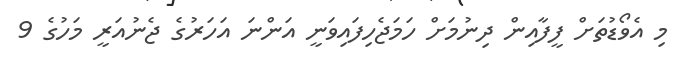
މި އެވޯޑުތަށް ފީފާއިން ދިނުމަށް ހަމަޖެހިފައިވަނީ އަންނަ އަހަރުގެ ޖެނުއަރީ މަހުގެ 9